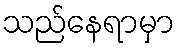
သည်နေရာမှာ